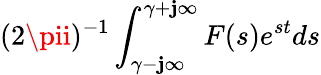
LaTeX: (2\pii)^{-1}\int_{\gamma-\mathbf{j}\infty}^{\gamma+\mathbf{j}\infty}F(s)e^{st}ds